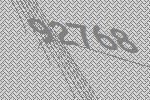
92768